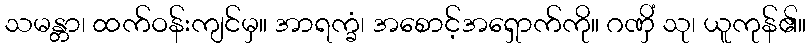
သမန္တာ၊ ထက်ဝန်းကျင်မှ။ အာရက္ခံ၊ အစောင့်အရှောက်ကို။ ဂဏှိံ သု၊ ယူကုန်၏။